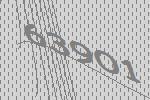
63901